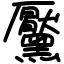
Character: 黶